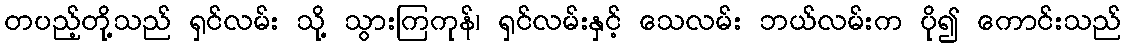
တပည့်တို့သည် ရှင်လမ်း သို့ သွားကြကုန်၊ ရှင်လမ်းနှင့် သေလမ်း ဘယ်လမ်းက ပို၍ ကောင်းသည်